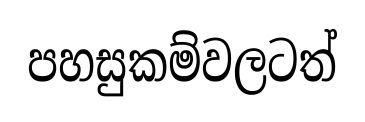
පහසුකම්වලටත්